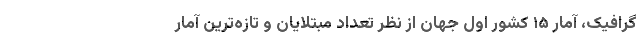
گرافیک، آمار ۱۵ کشور اول جهان از نظر تعداد مبتلایان و تازه‌ترین آمار